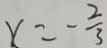
x = - \frac { 2 } { 3 }